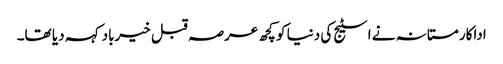
اداکار مستانہ نے اسٹیج کی دنیا کو کچھ عرصہ قبل خیرباد کہہ دیا تھا۔